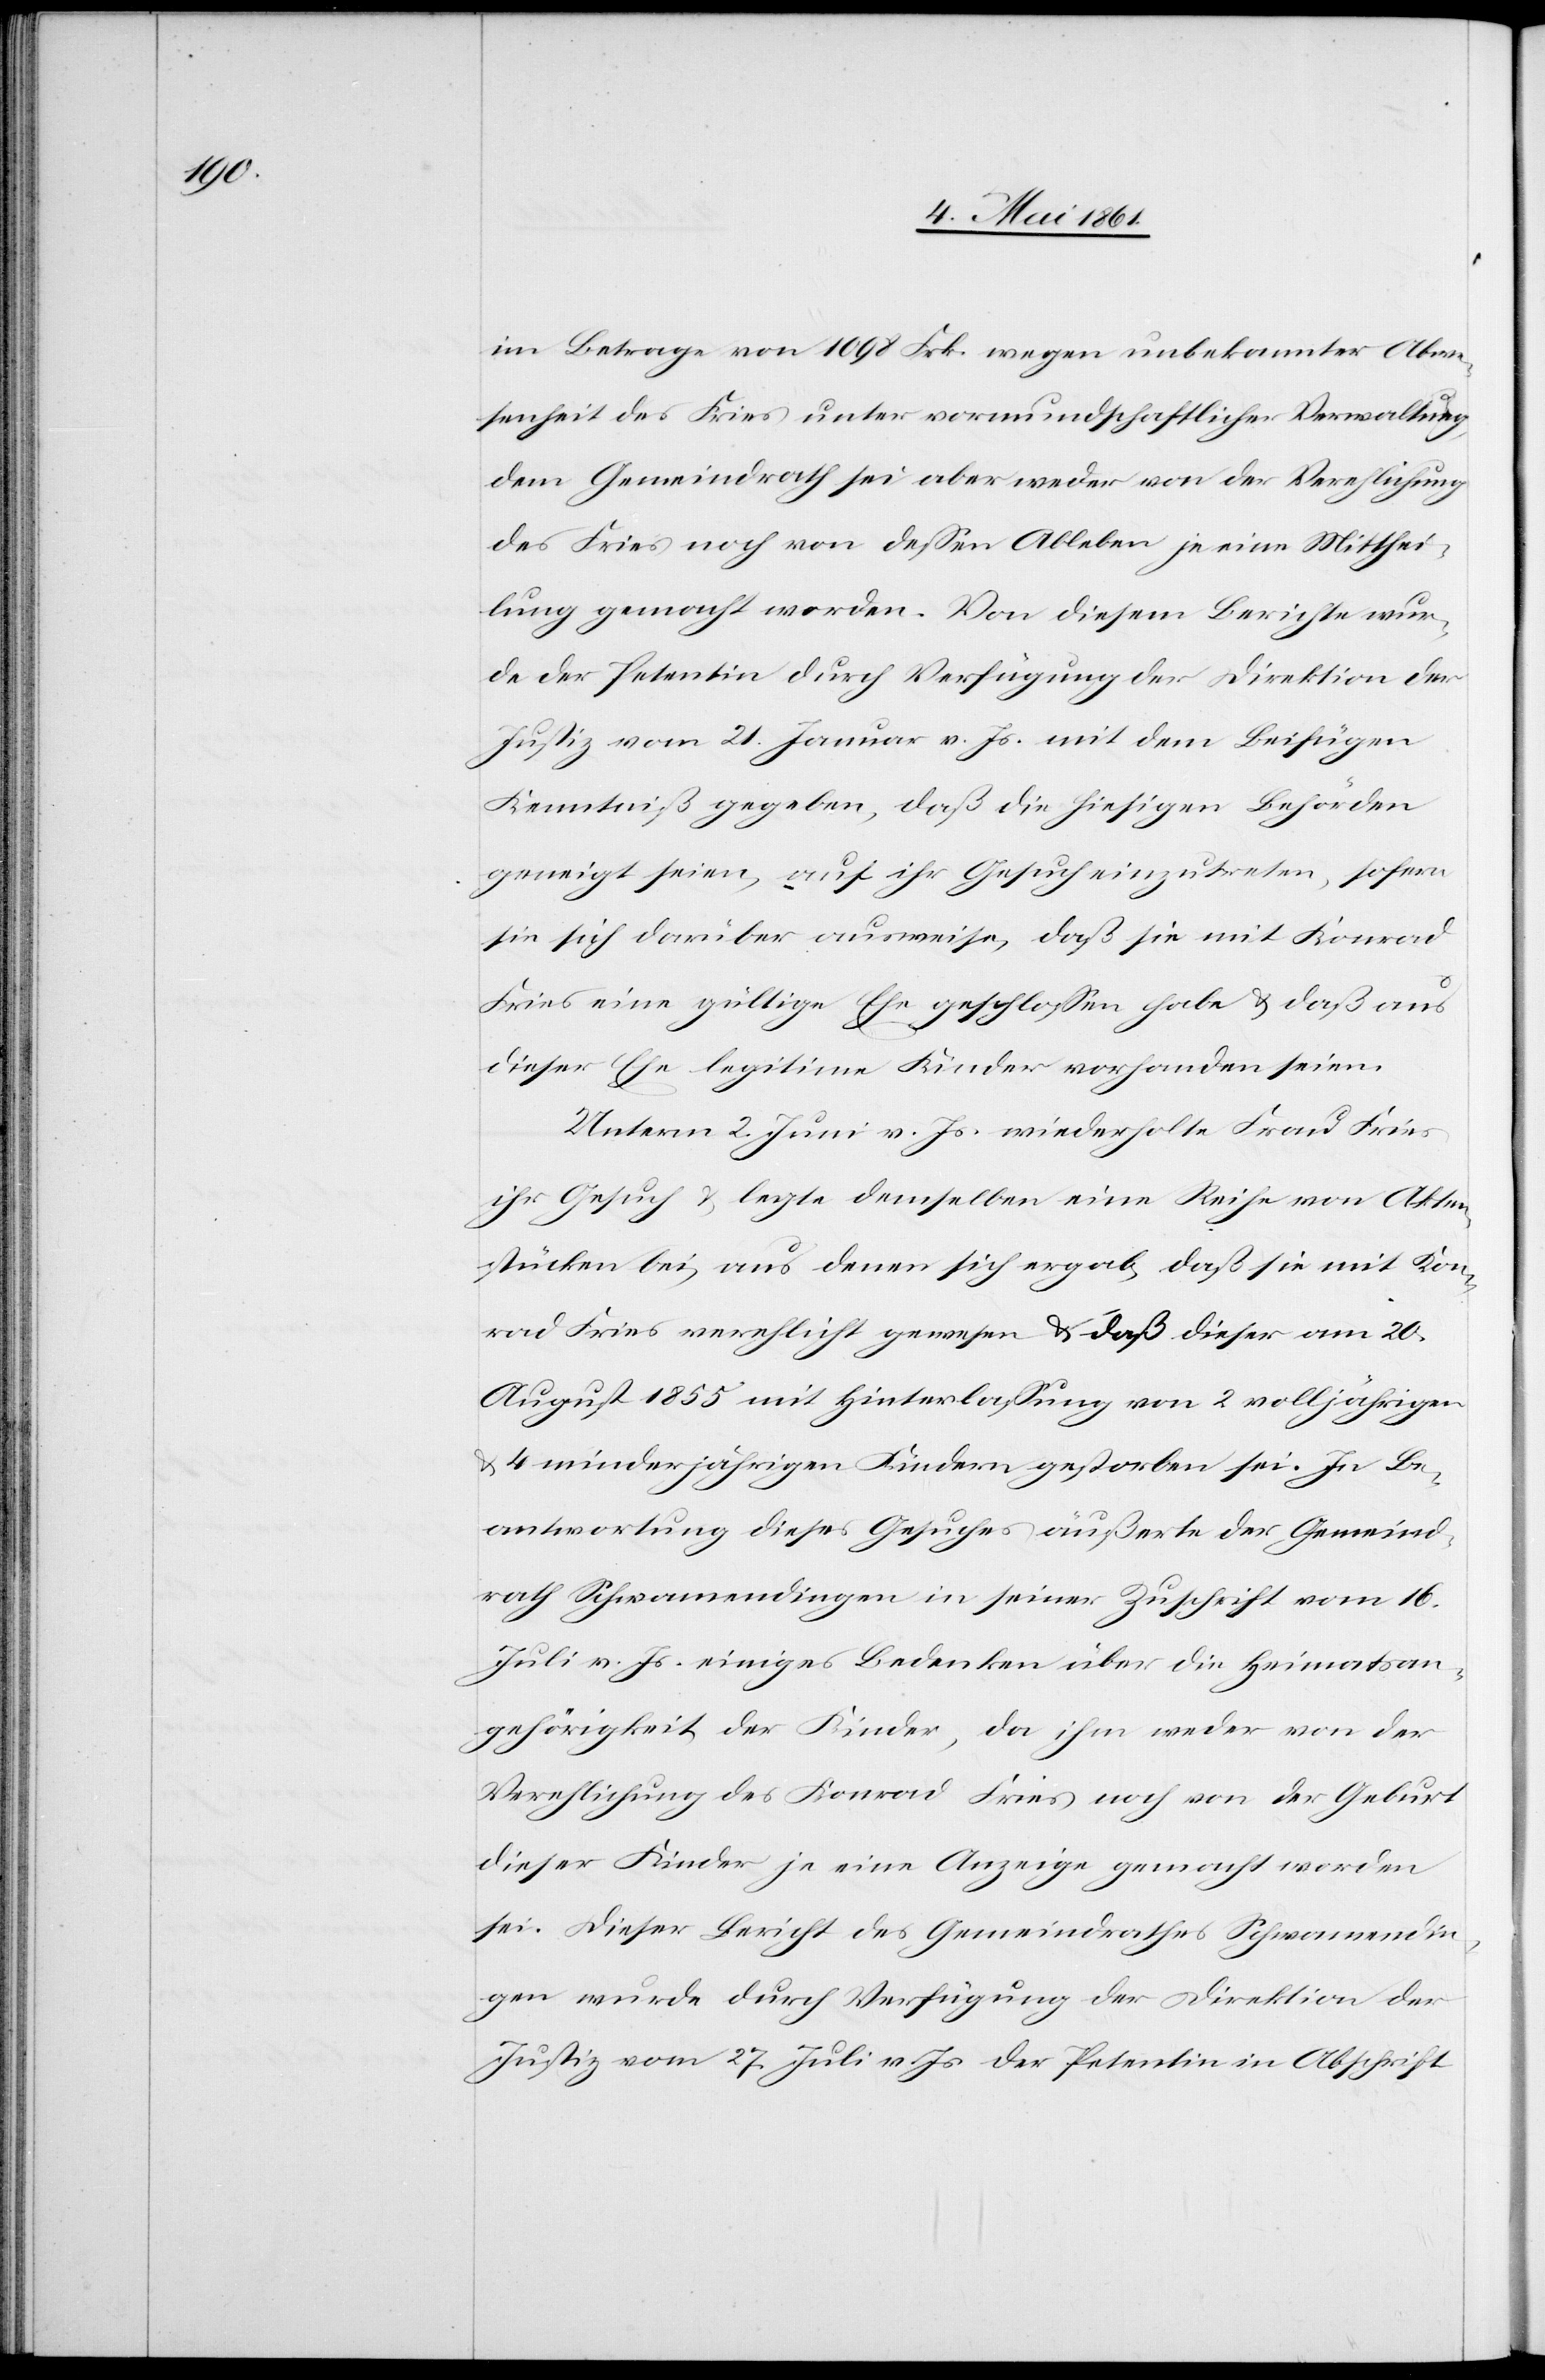
im Betrage von 1098 Frk. wegen unbekannter Abwe¬
senheit des Fries unter vormundschaftlicher Verwaltung,
dem Gemeindrath sei aber weder von der Verehlichung
des Fries noch von dessen Ableben je eine Mitthei¬
lung gemacht worden. Von diesem Berichte wur¬
de der Petentin durch Verfügung der Direktion der
Justiz vom 21. Januar v. Js. mit dem Beifügen
Kenntniß gegeben, daß die hiesigen Behörden
geneigt seien, auf ihr Gesuch einzutreten, sofern
sie sich darüber ausweise, daß sie mit Konrad
Fries eine gültige Ehe geschlossen habe u. daß aus
dieser Ehe legitime Kinder vorhanden seien.
Unterm 2. Juni v. Js. wiederholte Frau Fries
ihr Gesuch u. legte demselben eine Reihe von Akten¬
stücken bei, aus denen sich ergab, daß sie mit Kon¬
rad Fries verehlicht gewesen u. daß dieser am 20.
August 1855 mit Hinterlassung von 2 volljährigen
u.
4 minderjährigen Kindern gestorben sei. In Be¬
antwortung dieses Gesuches äußerste der Gemeind¬
rath Schwamendingen in seiner Zuschrift vom 16.
Juli v. Js. einiges Bedenken über die Heimatsan¬
gehörigkeit der Kinder, da ihm weder von der
Verehlichung des Konrad Fries noch von der Geburt
dieser Kinder je eine Anzeige gemacht worden
sei. Dieser Bericht des Gemeindrathes Schwamendin¬
gen wurde durch Verfügung der Direktion der
Justiz vom 27. Juli v. Js. der Petentin in Abschrift